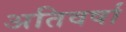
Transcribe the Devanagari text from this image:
अतिवर्षा